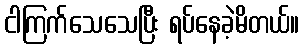
ငါကြက်သေသေပြီး ရပ်နေခဲ့မိတယ်။